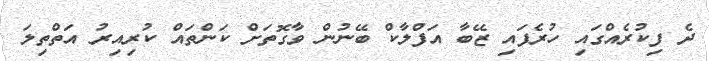
ދެ ފިކުރެއްގައި ހުރެފައި ޒޭބާ އަފްލާކް ބޭނުން ވާގޮތަށް ކަންތައް ކުރިއިރު އަތްތިލަ